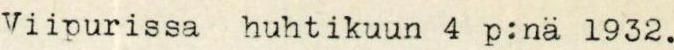
Viipurissa huhtikuun 4 p:nä 1932.